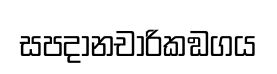
සපදානචාරිකඞගය